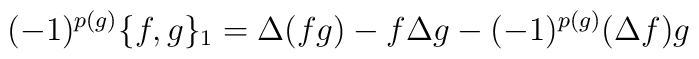
(-1)^{p(g)}\{f,g \}_1 = \Delta(fg) - f\Delta g -(-1)^{p(g)}(\Delta f)g